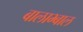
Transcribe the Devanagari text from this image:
बालाभ्बाल